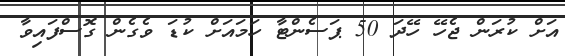
އަށް ކުރަން ޖެހޭ ހޭދަ 50 ޕަސެންޓާ ހަމައަށް ކުޑަ ވެގެން ގޮސްފައިވާ